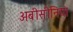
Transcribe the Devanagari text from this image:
अबीसीनिया